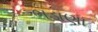
ભડાણા